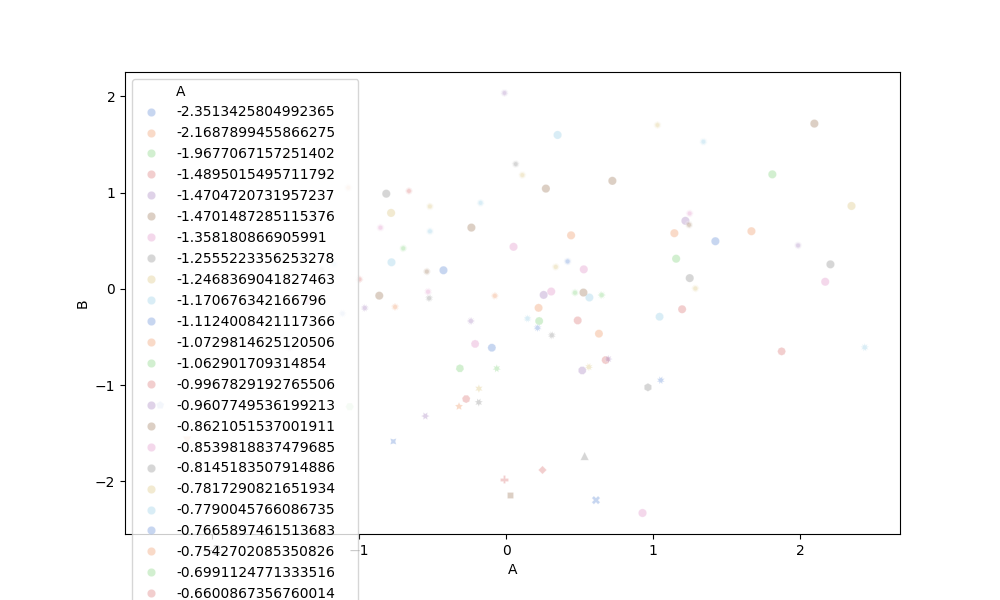
python, seaborn, scatterplot, hue='A', style='B', size='None', palette='muted', alpha=0.3